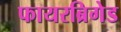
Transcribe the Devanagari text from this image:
फायरब्रिगेड